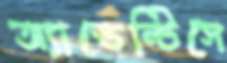
অ্যাভেন্টিসে